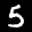
Label: 5